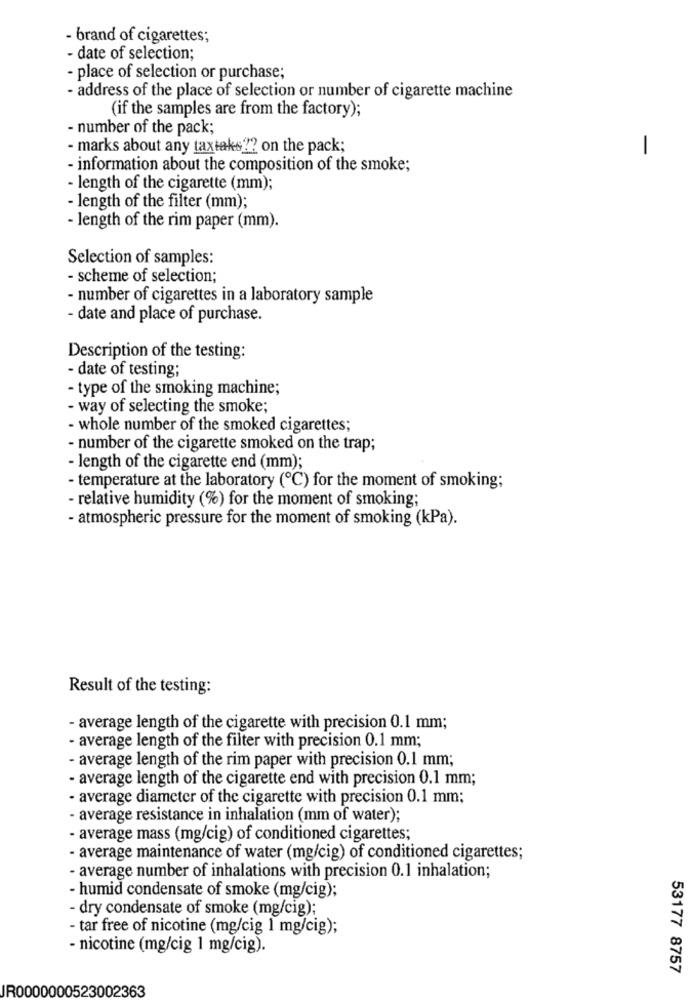
- brand of cigarettes;
- date of selection;
- place of selection or purchase;
- address of the place of selection or number of cigarette machine
(if the samples are from the factory);
- number of the pack;
- marks about any taxtaks ?? on the pack;
1
- information about the composition of the smoke;
- length of the cigarette (mm);
- length of the filter (mm);
- length of the rim paper (mm).
Selection of samples:
- scheme of selection;
- number of cigarettes in a laboratory sample
- date and place of purchase.
Description of the testing:
- date of testing;
- type of the smoking machine;
- way of selecting the smoke;
- whole number of the smoked cigarettes;
- number of the cigarette smoked on the trap;
- length of the cigarette end (mm);
- temperature at the laboratory (℃) for the moment of smoking;
- relative humidity (%) for the moment of smoking;
- atmospheric pressure for the moment of smoking (kPa).
Result of the testing:
- average length of the cigarette with precision 0.1 mm;
- average length of the filter with precision 0.1 mm;
- average length of the rim paper with precision 0.1 mm;
- average length of the cigarette end with precision 0.1 mm;
- average diameter of the cigarette with precision 0.1 mm;
- average resistance in inhalation (mm of water);
- average mass (mg/cig) of conditioned cigarettes;
- average maintenance of water (mg/cig) of conditioned cigarettes;
- average number of inhalations with precision 0.1 inhalation;
- humid condensate of smoke (mg/cig);
- dry condensate of smoke (mg/cig);
- tar free of nicotine (mg/cig 1 mg/cig);
- nicotine (mg/cig 1 mg/cig).
53177 8757
IR0000000523002363